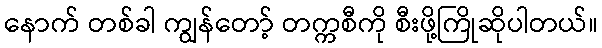
နောက် တစ်ခါ ကျွန်တော့် တက္ကစီကို စီးဖို့ကြိုဆိုပါတယ်။